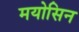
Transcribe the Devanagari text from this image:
मयोसिन